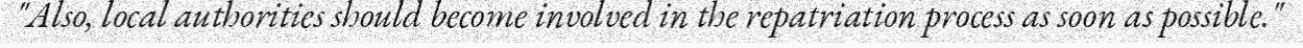
"Also, local authorities should become involved in the repatriation process as soon as possible."